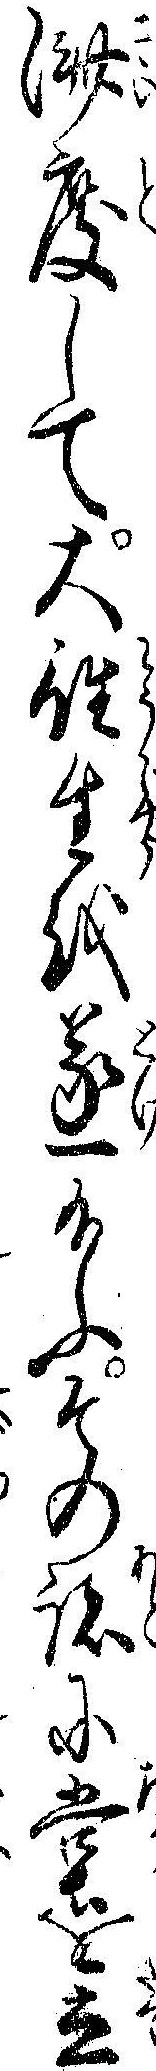
済度して大往生を遂給ふその跡に堂を立